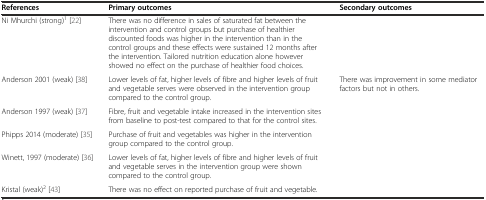
| References | Primary outcomes | Secondary outcomes |
 | --- | --- | --- |
 | Ni Mhurchi (strong)1[22] | There was no difference in sales of saturated fat between the intervention and control groups but purchase of healthier discounted foods was higher in the intervention than in the control groups and these effects were sustained 12 months after the intervention. Tailored nutrition education alone however showed no effect on the purchase of healthier food choices. |  |
 | Anderson 2001 (weak) [38] | Lower levels of fat, higher levels of fibre and higher levels of fruit and vegetable serves were observed in the intervention group compared to the control group. | There was improvement in some mediator factors but not in others. |
 | Anderson 1997 (weak) [37] | Fibre, fruit and vegetable intake increased in the intervention sites from baseline to post-test compared to that for the control sites. |  |
 | Phipps 2014 (moderate) [35] | Purchase of fruit and vegetables was higher in the intervention group compared to the control group. |  |
 | Winett, 1997 (moderate) [36] | Lower levels of fat, higher levels of fibre and higher levels of fruit and vegetable serves in the intervention group were shown compared to the control group. |  |
 | Kristal (weak)2[43] | There was no effect on reported purchase of fruit and vegetable. |  |